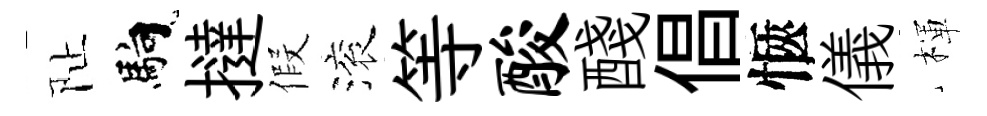
阯馿撻假滚等酸醆倡愜儀楎